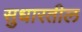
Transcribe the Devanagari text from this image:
सुधारतील